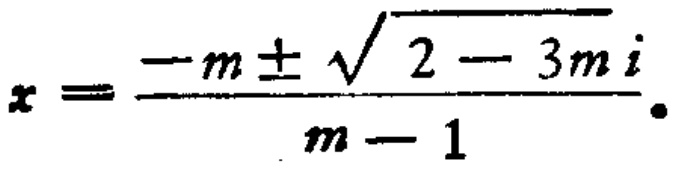
\[x = \frac{-m\pm\sqrt{2 - 3m}i}{m - 1}.\]